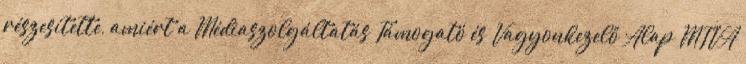
részesítette, amiért a Médiaszolgáltatás Támogató és Vagyonkezelő Alap MTVA